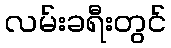
လမ်းခရီးတွင်